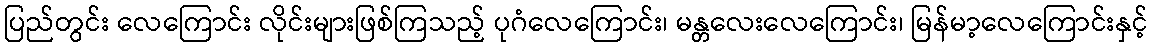
ပြည်တွင်း လေကြောင်း လိုင်းများဖြစ်ကြသည့် ပုဂံလေကြောင်း၊ မန္တလေးလေကြောင်း၊ မြန်မာ့လေကြောင်းနှင့်